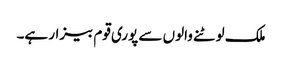
ملک لوٹنے والوں سے پوری قوم بیزار ہے۔